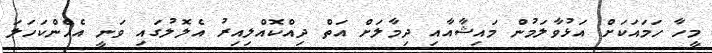
މީހާ ހަމައަކަށް އަޅުވާލަމުން މައިޝާއާއި ދިމާލަށް އަތް ދިއްކޮއްލިއިރު އެލޮލުގައި ވަނީ އެހެންކަހަލަ